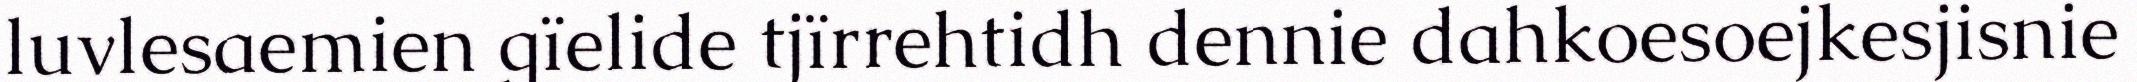
luvlesaemien gïelide tjïrrehtidh dennie dahkoesoejkesjisnie